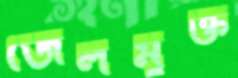
জেলমুক্ত